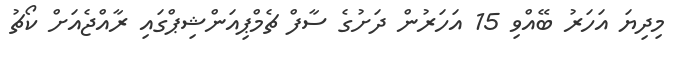
މިދިޔަ އަހަރު ބޭއްވި 15 އަހަރުން ދަށުގެ ސާފް ޗެމްޕިއަންޝިޕްގައި ރާއްޖެއަށް ކޯޗު